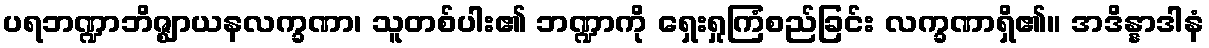
ပရဘဏ္ဍာဘိဇ္ဈာယနလက္ခဏာ၊ သူတစ်ပါး၏ ဘဏ္ဍာကို ရှေးရှုကြံစည်ခြင်း လက္ခဏာရှိ၏။ အဒိန္နာဒါနံ